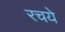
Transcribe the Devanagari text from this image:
रचये